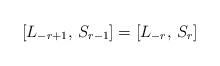
LaTeX: \begin{align*} [L_{-r+1}, \, S_{r-1}] = [L_{-r}, \, S_r]\end{align*}